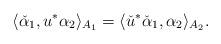
LaTeX: \begin{align*}\langle \check{\alpha}_1,u^*\alpha_2\rangle_{A_1}=\langle \check{u}^*\check{\alpha}_1, \alpha_2\rangle_{A_2}.\end{align*}